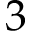
3